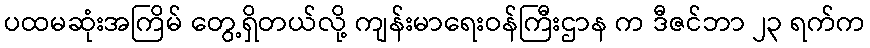
ပထမဆုံးအကြိမ် တွေ့ရှိတယ်လို့ ကျန်းမာရေးဝန်ကြီးဌာန က ဒီဇင်ဘာ ၂၃ ရက်က